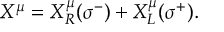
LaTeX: X ^ { \mu } = X _ { R } ^ { \mu } ( \sigma ^ { - } ) + X _ { L } ^ { \mu } ( \sigma ^ { + } ) .